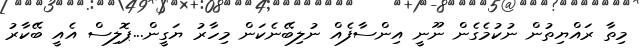
މިތާ ރައްޔިތުން ނުކުމެގެން ނޫނީ އިންސާފެއް ނުލިބޭނެކަން މިހާރު ޔަގީން...ޕޮލިސް އެއީ ބޭކާރު